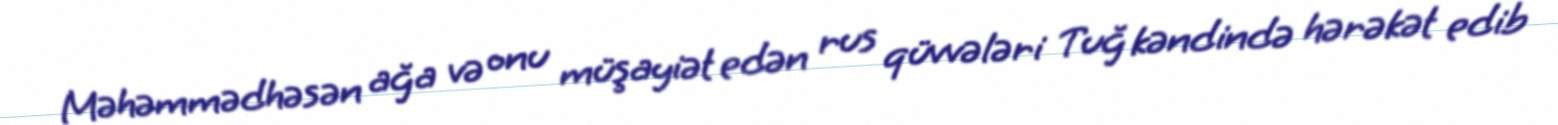
Məhəmmədhəsən ağa və onu müşayiət edən rus qüvvələri Tuğ kəndində hərəkət edib